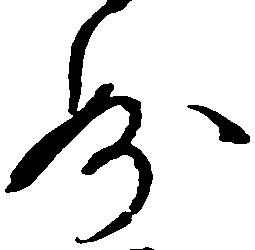
妙